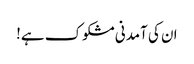
ان کی آمدنی مشکوک ہے!